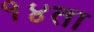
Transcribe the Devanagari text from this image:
१४ता